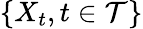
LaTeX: \{ X_{t},t\in\mathcal{T}\}